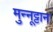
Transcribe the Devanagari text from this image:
मुन्नूट्टान